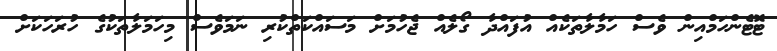
ޓޮޓެންހަމްއިން ވެސް ހަމާލާތަކެއް އުފައްދާ ގޯލެއް ޖެހުމަށް މަސައްކަތްކުރި ނަމަވެސް މިހަމަލާތަކުގެ ހުރަހަކަށް